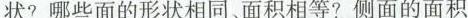
状?哪些面的形状相同、面积相等?侧面的面积